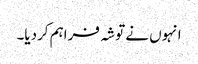
انہوں نے توشہ فراہم کردیا۔